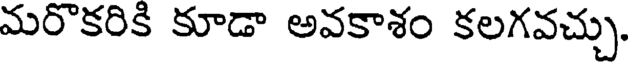
మరొకరికి కూడా అవకాశం కలగవచ్చు,